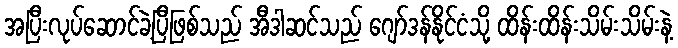
အပြီးလုပ်ဆောင်ခဲ့ပြီဖြစ်သည် အီဒါဆင်သည် ဂျော်ဒန်နိုင်ငံသို့ ထိန်းထိန်းသိမ်းသိမ်းနဲ့